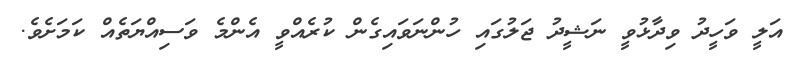
އަލީ ވަހީދު ވިދާޅުވީ ނަޝީދު ޖަލުގައި ހުންނަވައިގެން ކުރެއްވީ އެންމެ ވަސިއްޔަތެއް ކަމަށެވެ.